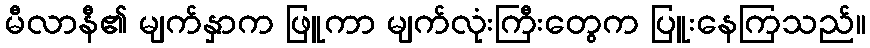
မီလာနီ၏ မျက်နှာက ဖြူကာ မျက်လုံးကြီးတွေက ပြူးနေကြသည်။